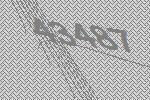
43487